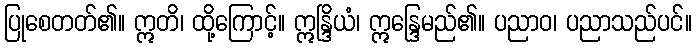
ပြုစေတတ်၏။ ဣတိ၊ ထို့ကြောင့်။ ဣန္ဒြိယံ၊ ဣန္ဒြေမည်၏။ ပညာဝ၊ ပညာသည်ပင်။